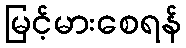
မြင့်မားစေရန်